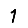
Digit: 1